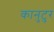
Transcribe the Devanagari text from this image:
कानुटुर